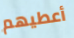
أعطيهم